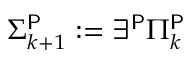
\Sigma _ { k + 1 } ^ { \mathsf { P } } : = \exists ^ { \mathsf { P } } \Pi _ { k } ^ { \mathsf { P } }